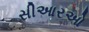
સીઆરઓ